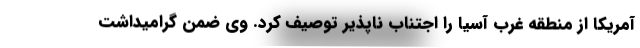
آمریکا از منطقه غرب آسیا را اجتناب ناپذیر توصیف کرد. وی ضمن گرامیداشت